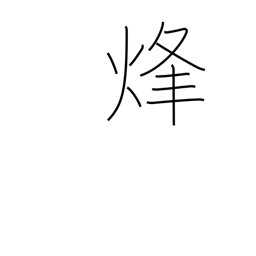
Meaning: signal fire